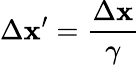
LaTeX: \Delta\mathbf{x}^{\prime}={\frac{{\Delta\mathbf{x}}}{{\gamma}}}